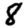
Digit: 8